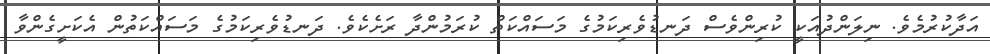
އަދާކުރުމެވެ. ނިލަންދުއަކީ ކުރިންވެސް ދަނޑުވެރިކަމުގެ މަސައްކަތް ކުރަމުންދާ ރަށެކެވެ. ދަނޑުވެރިކަމުގެ މަސައްކަތުން އެކަށީގެންވާ